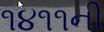
૧૪૧૧ની